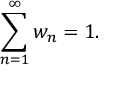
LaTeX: \sum _ { n = 1 } ^ { \infty } w _ { n } = 1 .